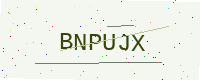
Text: BNPUJX